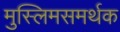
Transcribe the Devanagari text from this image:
मुस्लिमसमर्थक